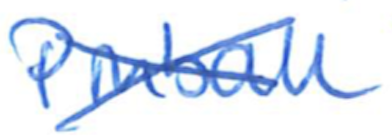
Text: Pinball
Cross-out: cross
Writing tool: ballpoint